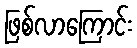
ဖြစ်လာကြောင်း